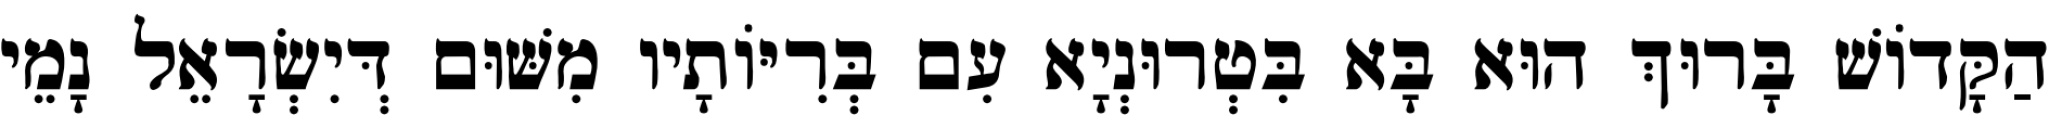
הַקָּדוֹשׁ בָּרוּךְ הוּא בָּא בִּטְרוּנְיָא עִם בְּרִיּוֹתָיו מִשּׁוּם דְּיִשְׂרָאֵל נָמֵי